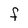
Character: F